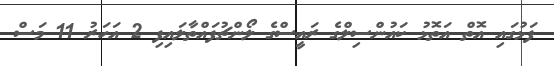
ފަޅުގައި އޮތް އަތޮޅު ކައުންސިލްގެ ރައީސްގެ ލޯންޗުފައްތާލައިފި 2 އަހަރު 11 މަސް